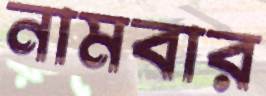
নামবার